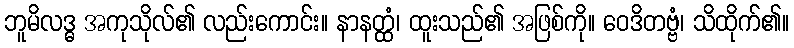
ဘူမိလဒ္ဓ အကုသိုလ်၏ လည်းကောင်း။ နာနတ္ထံ၊ ထူးသည်၏ အဖြစ်ကို။ ဝေဒိတဗ္ဗံ၊ သိထိုက်၏။